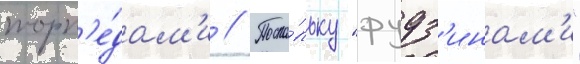
торп'е́дам'и // Поско́льку "фудз'инам'и"